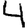
Digit: 4